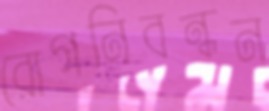
রোগনিবন্ধন